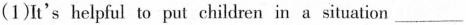
(1)It's helpful to put children in a situation _